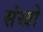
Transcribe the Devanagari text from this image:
संखो